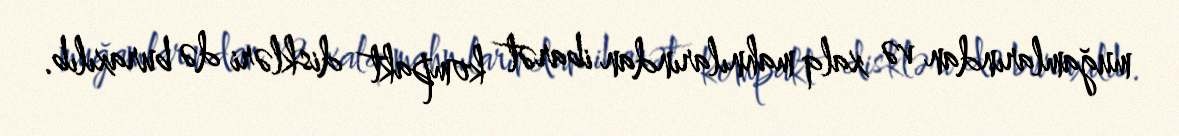
muğamlarından və xalq mahnılarından ibarət kompakt diskləri də buraxılıb.